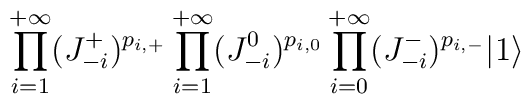
\prod_{i=1}^{+\infty} (J^+_{-i})^{p_{i,+}}\prod_{i=1}^{+\infty} (J^0_{-i})^{p_{i,0}} \prod_{i=0}^{+\infty}(J^-_{-i})^{p_{i,-}} |1 \rangle